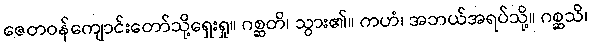
ဇေတဝန်ကျောင်းတော်သို့ရှေးရှု။ ဂစ္ဆတိ၊ သွား၏။ ကဟံ၊ အဘယ်အရပ်သို့။ ဂစ္ဆသိ၊